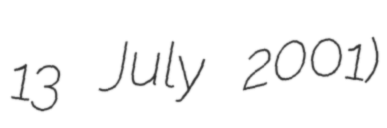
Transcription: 13 July 2001)